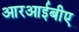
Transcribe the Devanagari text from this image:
आरआईबीए